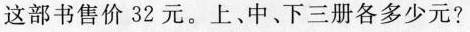
这部书售价32元。上、中、下三册各多少元?